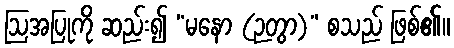
ဩအပြုကို ဆည်း၍ “မနော (ဉတွာ)” စသည် ဖြစ်၏။